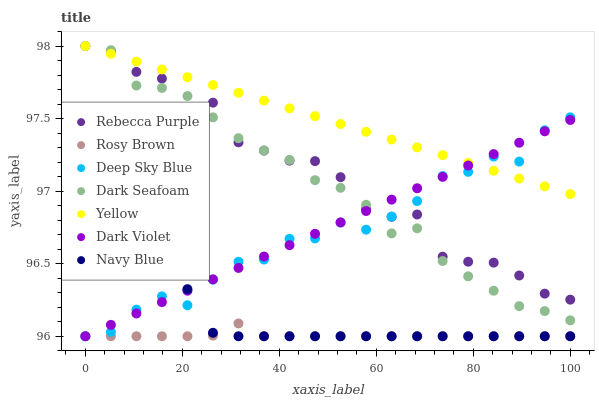
| xaxis_label | Rebecca Purple | Rosy Brown | Deep Sky Blue | Dark Seafoam | Yellow | Dark Violet | Navy Blue |
 | --- | --- | --- | --- | --- | --- | --- | --- |
 | 0 | 98 | 96 | 96 | 98 | 98 | 96 | 96.5 |
 | 5.26 | 98 | 96 | 96 | 98 | 97.9 | 96.1 | 96.6 |
 | 10.5 | 97.8 | 96 | 96.2 | 97.7 | 97.9 | 96.2 | 96.6 |
 | 15.8 | 97.8 | 96 | 96.3 | 97.7 | 97.8 | 96.2 | 96.5 |
 | 21.1 | 97.5 | 96 | 96.2 | 97.7 | 97.8 | 96.3 | 96.3 |
 | 26.3 | 97.6 | 96 | 96.4 | 97.5 | 97.7 | 96.4 | 96 |
 | 31.6 | 97.3 | 96.1 | 96.5 | 97.4 | 97.7 | 96.5 | 96 |
 | 36.8 | 97.3 | 96 | 96.5 | 97.3 | 97.6 | 96.5 | 96 |
 | 42.1 | 97.2 | 96 | 96.7 | 97.2 | 97.6 | 96.6 | 96 |
 | 47.4 | 97.2 | 96 | 96.7 | 97.1 | 97.5 | 96.7 | 96 |
 | 52.6 | 97.1 | 96 | 96.8 | 97 | 97.5 | 96.8 | 96 |
 | 57.9 | 96.9 | 96 | 96.7 | 96.9 | 97.4 | 96.9 | 96 |
 | 63.2 | 96.8 | 96 | 96.8 | 96.7 | 97.4 | 96.9 | 96 |
 | 68.4 | 96.8 | 96 | 96.9 | 96.7 | 97.3 | 97 | 96 |
 | 73.7 | 96.5 | 96 | 97.1 | 96.5 | 97.2 | 97.1 | 96 |
 | 78.9 | 96.5 | 96 | 97.1 | 96.4 | 97.2 | 97.2 | 96 |
 | 84.2 | 96.5 | 96 | 97.2 | 96.3 | 97.1 | 97.3 | 96 |
 | 89.5 | 96.4 | 96 | 97.2 | 96.2 | 97.1 | 97.3 | 96 |
 | 94.7 | 96.3 | 96 | 97.4 | 96.2 | 97 | 97.4 | 96 |
 | 100 | 96.3 | 96 | 97.5 | 96.1 | 97 | 97.5 | 96 |